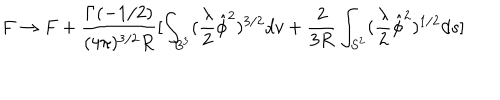
F \rightarrow F + \frac { \Gamma ( - 1 / 2 ) } { ( 4 \pi ) ^ { 3 / 2 } R } [ \int _ { B ^ { 3 } } ( \frac { \lambda } { 2 } \hat { \phi } ^ { 2 } ) ^ { 3 / 2 } d v + \frac { 2 } { 3 R } \int _ { S ^ { 2 } } ( \frac { \lambda } { 2 } \hat { \phi } ^ { 2 } ) ^ { 1 / 2 } d s ]